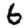
Digit: 6